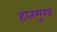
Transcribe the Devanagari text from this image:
हातमुरड